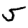
Digit: 5